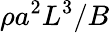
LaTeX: \rho a^{2}L^{3}/B